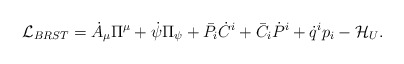
\begin{align*}{\cal L}_{BRST}=\dot A_\mu \Pi ^\mu + \dot\psi \Pi _\psi +\bar P_i\dot C^i+\bar C_i\dot P^i+\dot q^ip_i -{\cal H}_U .\end{align*}